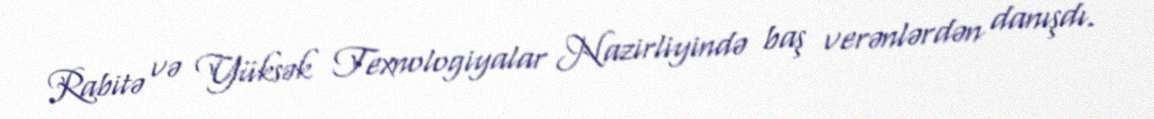
Rabitə və Yüksək Texnologiyalar Nazirliyində baş verənlərdən danışdı.